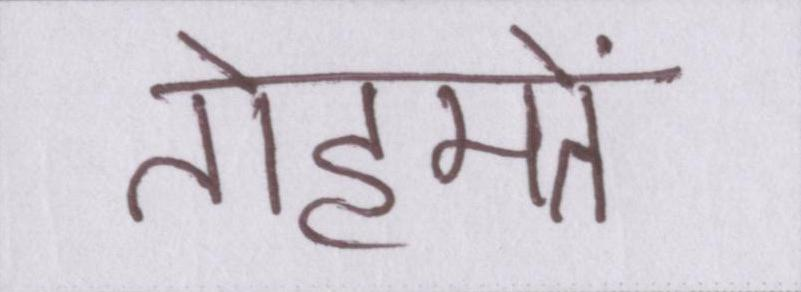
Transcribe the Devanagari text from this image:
तोहमतें